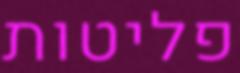
פליטות